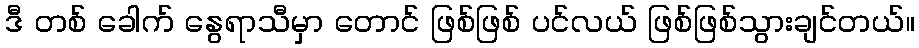
ဒီ တစ် ခေါက် နွေရာသီမှာ တောင် ဖြစ်ဖြစ် ပင်လယ် ဖြစ်ဖြစ်သွားချင်တယ်။